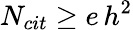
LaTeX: N_{cit}\ge e\, h^{2}